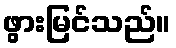
ဖွားမြင်သည်။